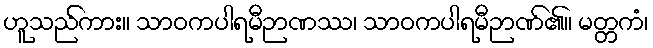
ဟူသည်ကား။ သာဝကပါရမီဉာဏဿ၊ သာဝကပါရမီဉာဏ်၏။ မတ္တကံ၊